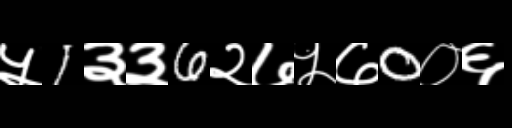
Text: ५1३३6२७५७0०६